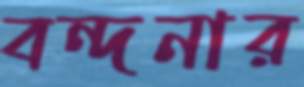
বন্দনার